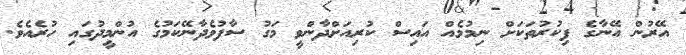
އޭރުން އޭނާގެ ފިކުރުތަކަށް ނިމުމެއް އައިސް ކުރިއަށްދާންވީ މަގު ސާފުވެދާނޭކަމުގެ އުންމީދުގައި ހުރެއެވެ.